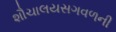
શૌચાલયસગવળની